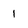
Character: 1